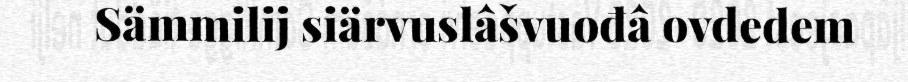
Sämmilij siärvuslâšvuođâ ovdedem